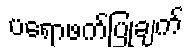
ပရောဖက်ပြုချက်